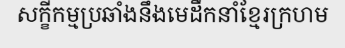
សក្ខីកម្មប្រឆាំងនឹងមេដឹកនាំខ្មែរក្រហម